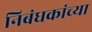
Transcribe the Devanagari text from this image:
निबंधकांच्या